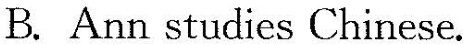
B. Ann studies Chinese.